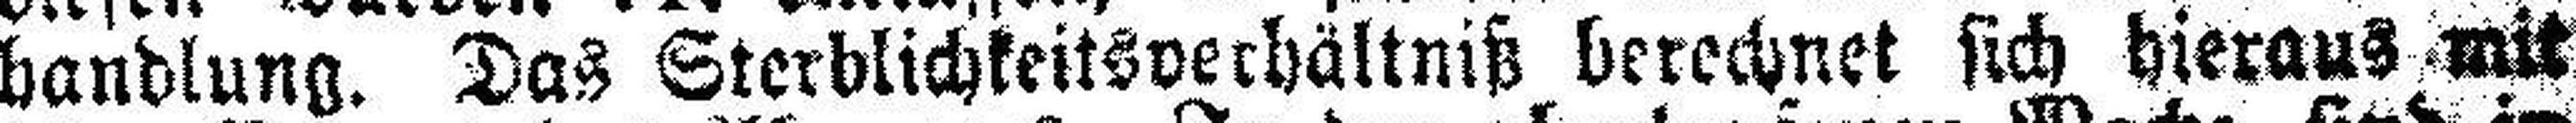
handlung. Das Sterblichkeitsverhältniß berechnet sich hieraus mit